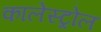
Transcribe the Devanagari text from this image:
कालेस्ट्रोल